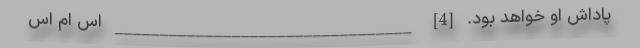
پاداش او خواهد بود. [4] _________________________________ اس ام اس